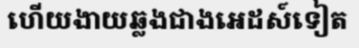
ហើយងាយឆ្លងជាងអេដស៍ទៀត